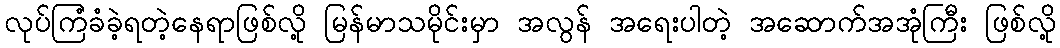
လုပ်ကြံခံခဲ့ရတဲ့နေရာဖြစ်လို့ မြန်မာသမိုင်းမှာ အလွန် အရေးပါတဲ့ အဆောက်အအုံကြီး ဖြစ်လို့